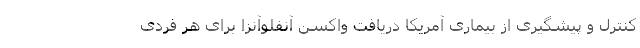
کنترل و پیشگیری از بیماری آمریکا دریافت واکسن آنفلوآنزا برای هر فردی